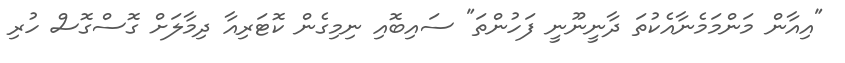
"އިއާން މަންމަމެނާއެކުތަ ދާނީނޫނީ ފަހުންތަ" ސައިބޮއި ނިމިގެން ކޮޓަރިއާ ދިމާލަށް ގޮސްގޮސް ހުރި